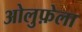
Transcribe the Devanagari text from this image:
ओलुफ़ेला